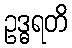
ဥဒ္ဓရတိ